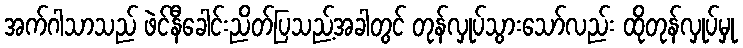
အက်ဂါသာသည် ဖဲင်နီခေါင်းညိတ်ပြသည့်အခါတွင် တုန်လှုပ်သွားသော်လည်း ထိုတုန်လှုပ်မှု